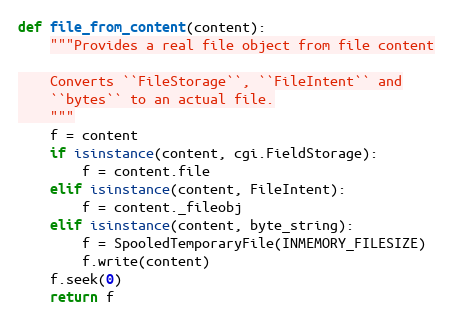
Language: Python
def file_from_content(content):
    """Provides a real file object from file content

    Converts ``FileStorage``, ``FileIntent`` and
    ``bytes`` to an actual file.
    """
    f = content
    if isinstance(content, cgi.FieldStorage):
        f = content.file
    elif isinstance(content, FileIntent):
        f = content._fileobj
    elif isinstance(content, byte_string):
        f = SpooledTemporaryFile(INMEMORY_FILESIZE)
        f.write(content)
    f.seek(0)
    return f